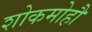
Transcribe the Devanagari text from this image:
शोकमोहौ